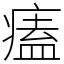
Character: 𤸱